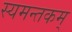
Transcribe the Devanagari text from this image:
स्यमन्तकम्